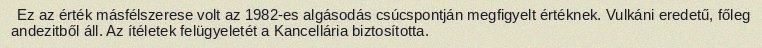
Ez az érték másfélszerese volt az 1982-es algásodás csúcspontján megfigyelt értéknek. Vulkáni eredetű, főleg andezitből áll. Az ítéletek felügyeletét a Kancellária biztosította.